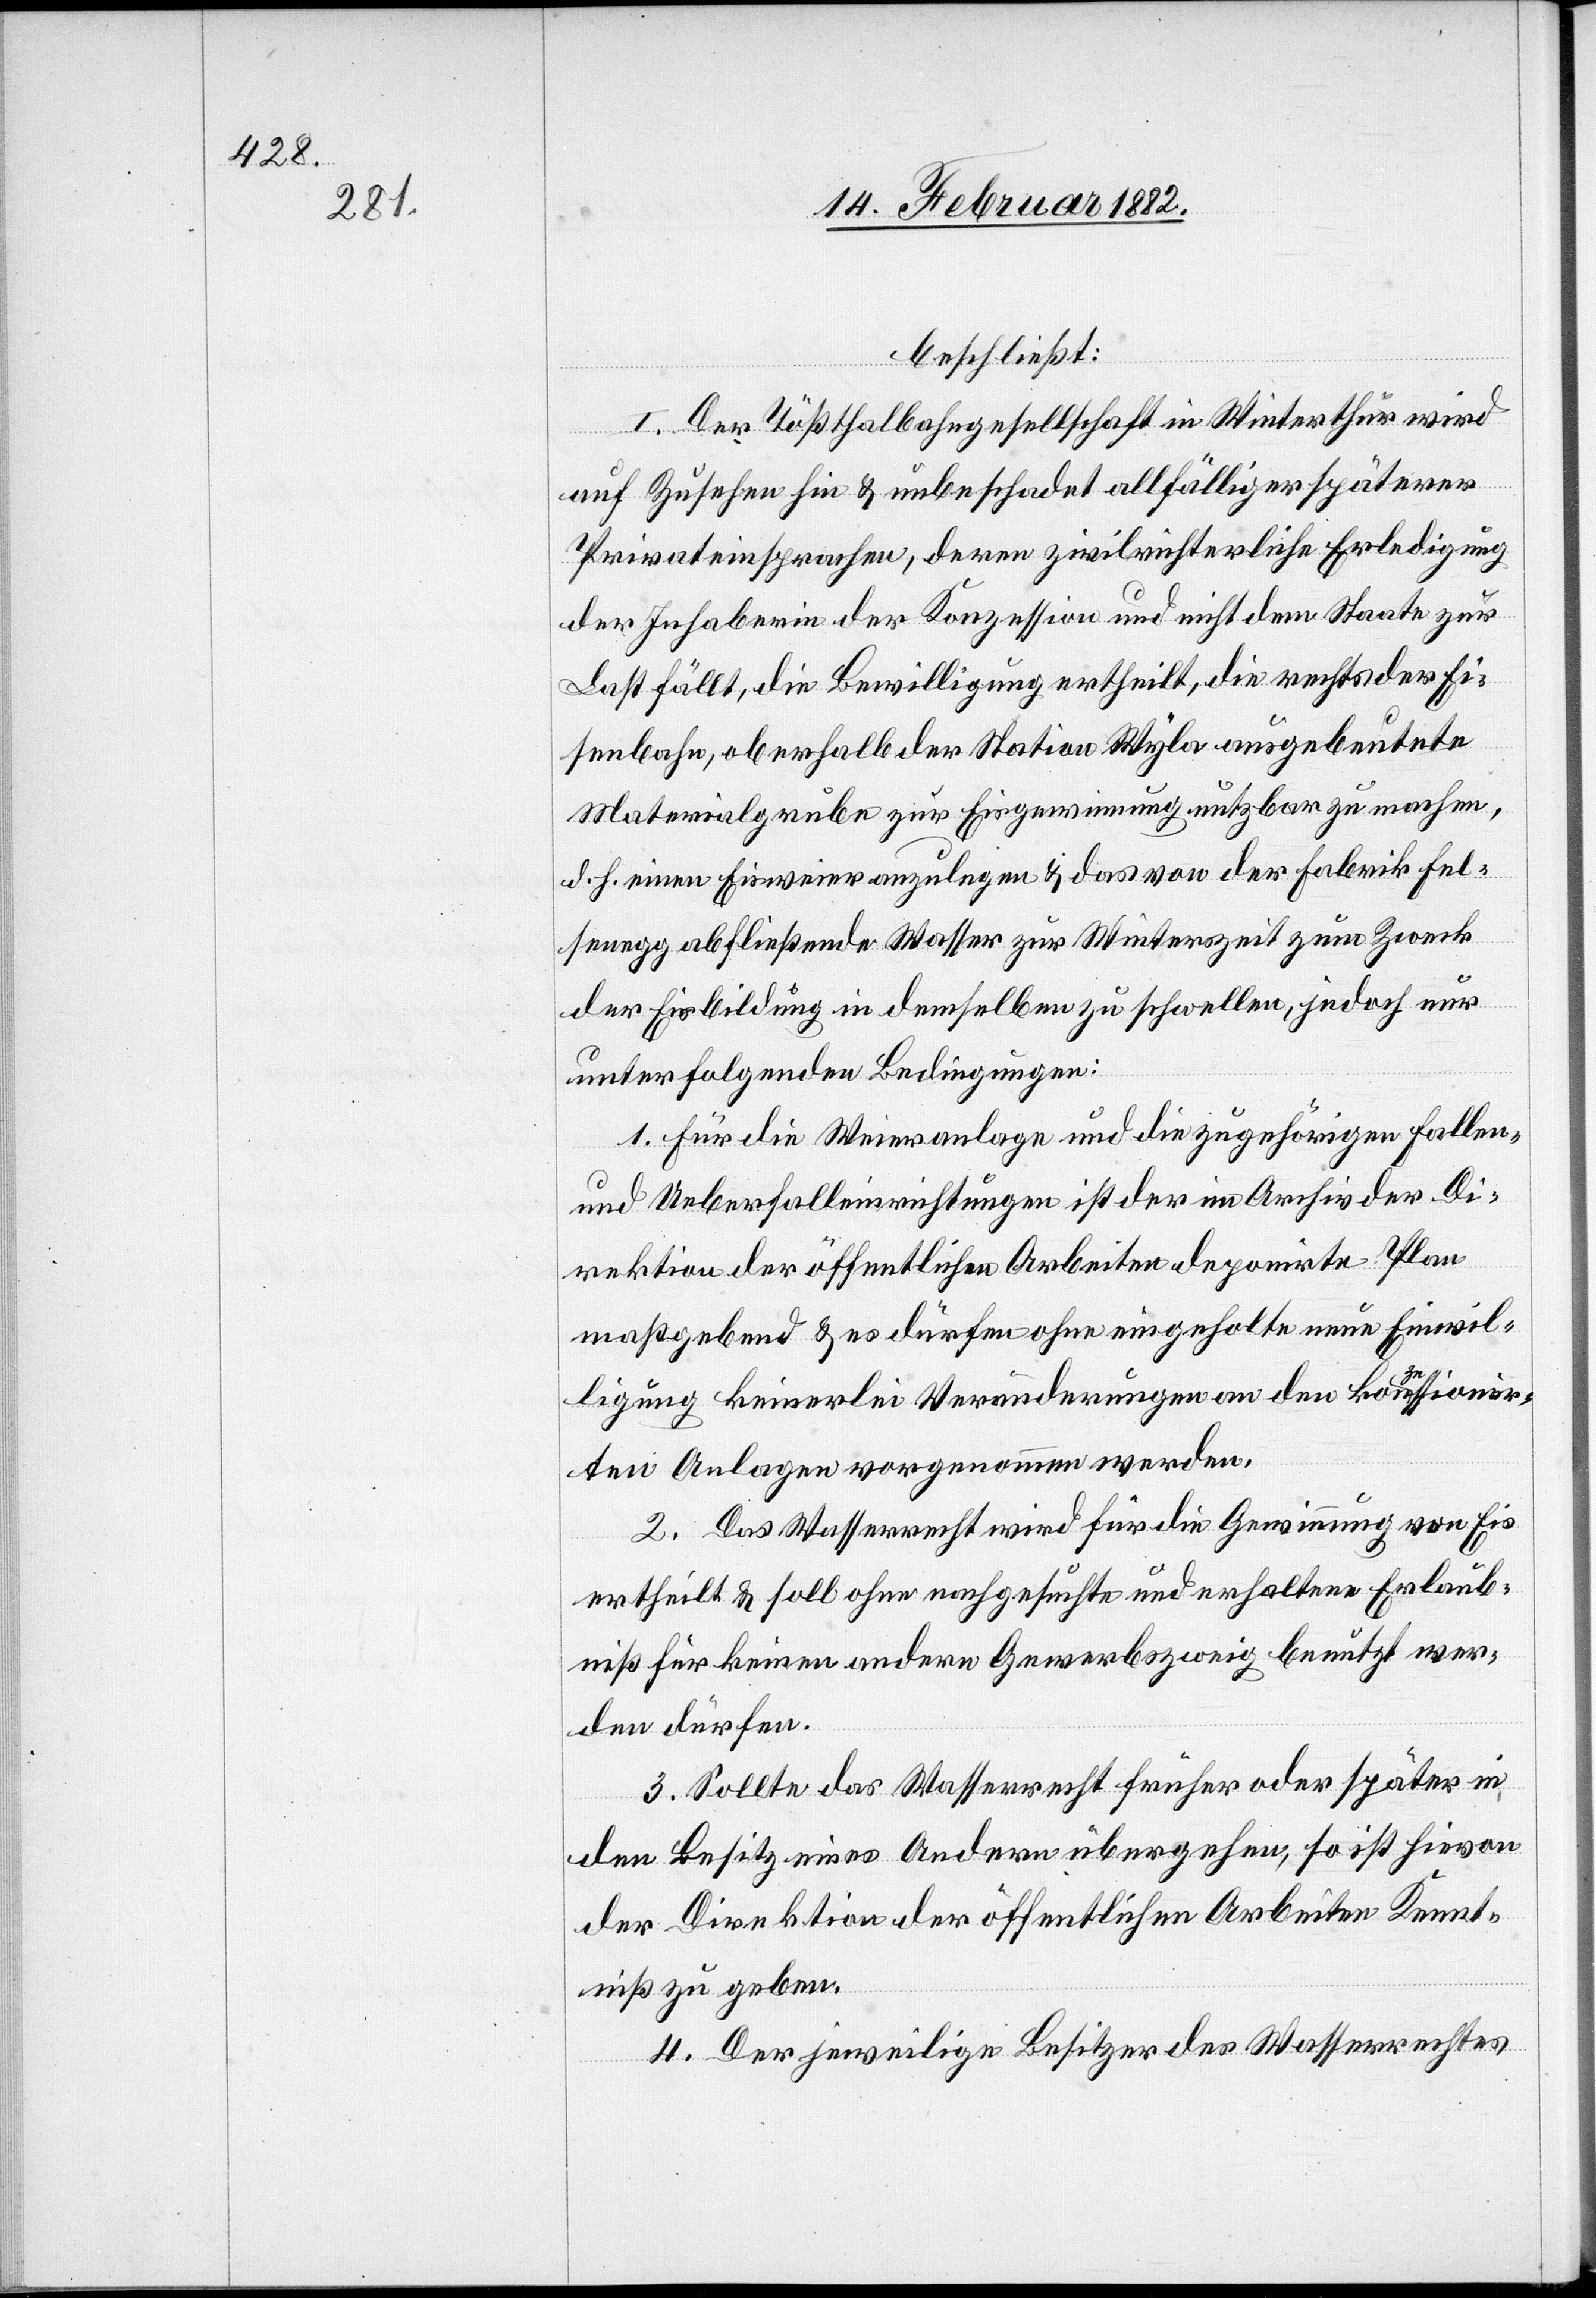
beschließt:
I. Der Tößthalbahngesellschaft in Winterthur wird
auf Zusehen hin & unbeschadet allfälliger späterer
Privateinsprachen, deren zivilrichterliche Erledigung
der Inhaberin der Konzession und nicht dem Staate zur
Last fällt, die Bewilligung ertheilt, die rechts der Ei¬
senbahn, oberhalb der Station Wyla ausgebeutete
Materialgrube zur Eisgewinnung nutzbar zu machen,
d. h. einen Eisweier anzulegen & das von der Fabrik Fel¬
senegg abfließende Wasser zur Winterzeit zum Zweck
der Eisbildung in demselben zu schwellen, jedoch nur
unter folgenden Bedingungen:
1. Für die Weieranlage und die zugehörigen Fallen
und Ueberfalleinrichtungen ist der im Archiv der Di¬
rektion der öffentlichen Arbeiten deponirte Plan
maßgebend & es dürfen ohne eingeholte neue Einwil¬
ligung keinerlei Veränderungen an den konzessionir¬
ten Anlage vorgenommen werden.
2. Das Wasserrecht wird für die Gewinnung von Eis
ertheilt & soll ohne nachgesuchte und erhaltene Erlaub¬
niß für keinen anderen Gewerbezweig benutzt wer¬
den dürfen.
3. Sollte das Wasserrecht früher oder später in
den Besitz eines Anderen übergehen, so ist hievon
der Direktion der öffentlichen Arbeiten Kennt¬
niß zu geben.
4. Der jeweilige Besitzer des Wasserrechtes